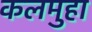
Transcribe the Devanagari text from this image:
कलमुहा